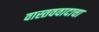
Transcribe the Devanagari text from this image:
वास्तववादाचा